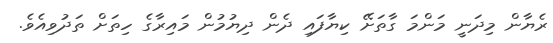
ރެޔާން މިދަނީ މަންމަ ގާތަށޭ ކިޔާފައި ދެން ދިޔުމުން މައިރާގެ ހިތަށް ތަދުވިއެވެ.